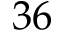
^ Ḋ 3 6 Ḍ